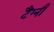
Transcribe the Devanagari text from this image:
टैंग्नी